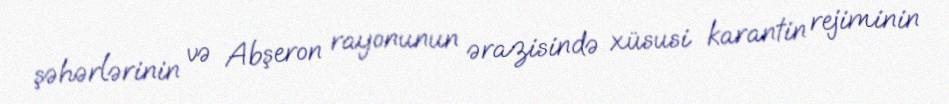
şəhərlərinin və Abşeron rayonunun ərazisində xüsusi karantin rejiminin